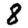
Digit: 8